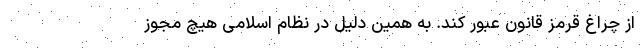
از چراغ قرمز قانون عبور کند. به همین دلیل در نظام اسلامی هیچ مجوز